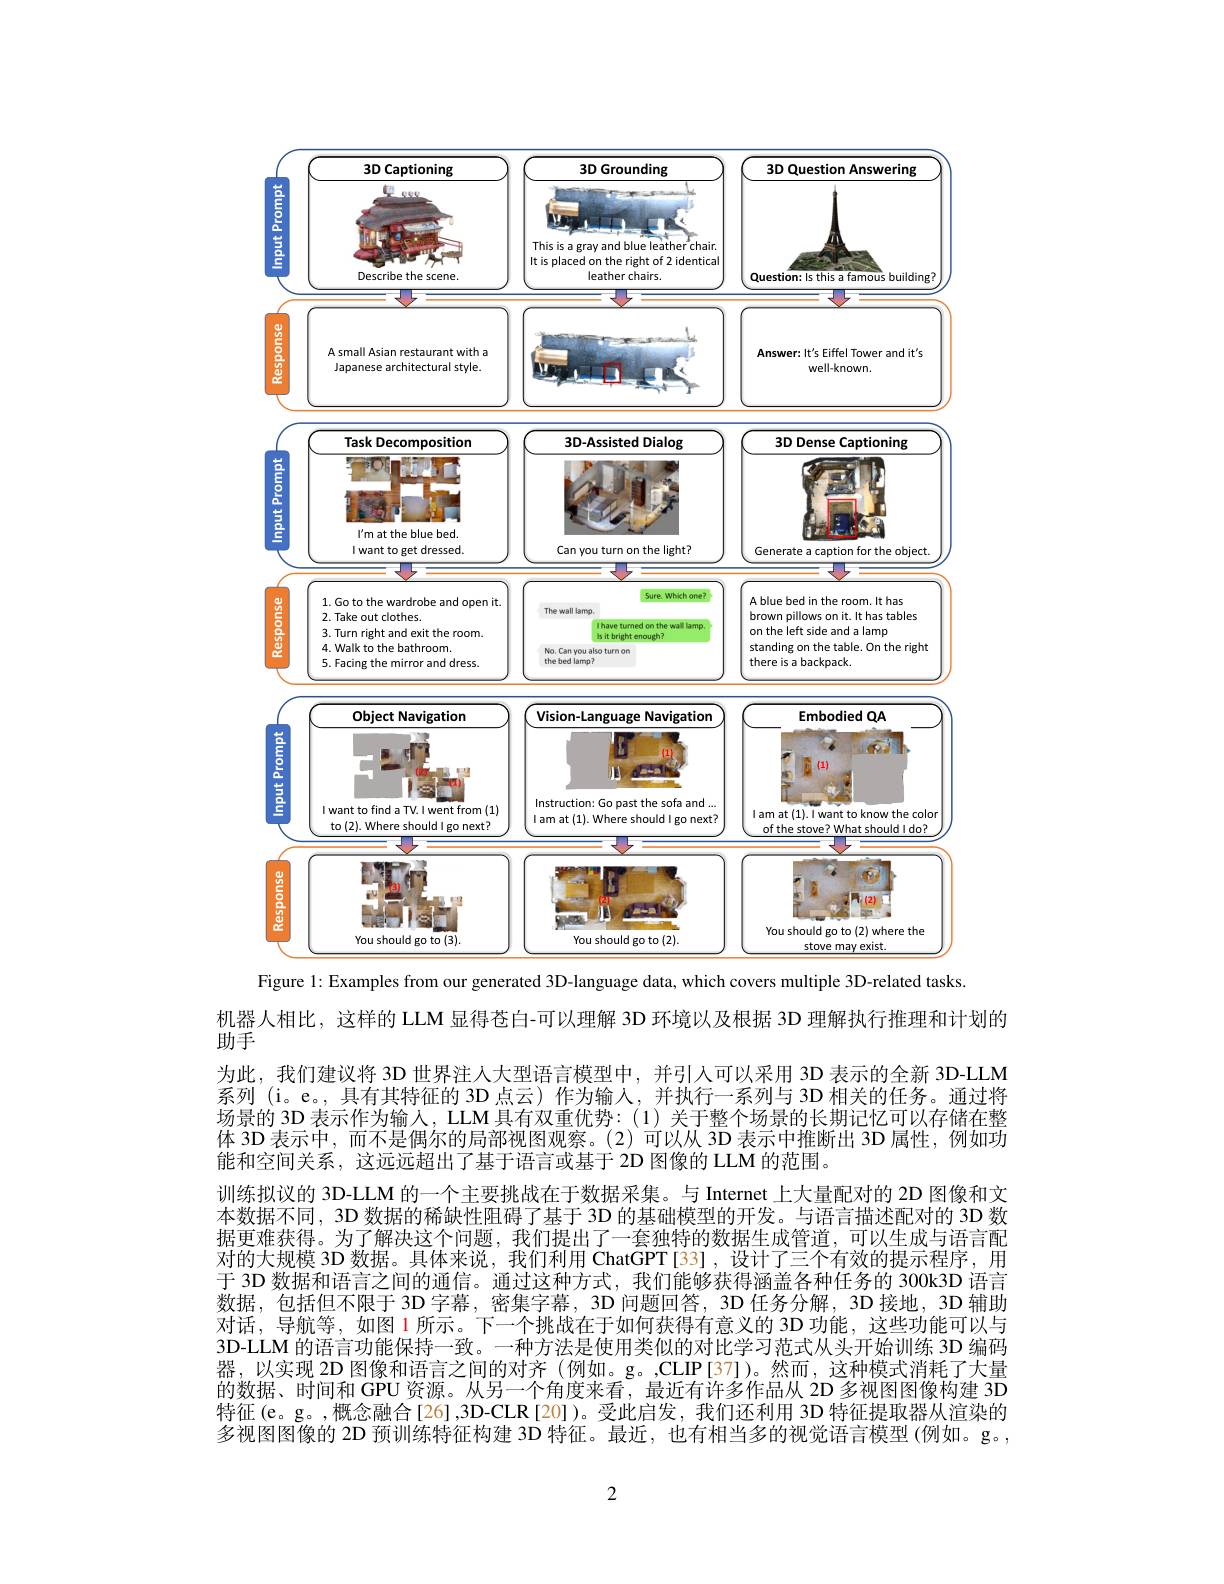
<FigureHere>
Figure 1: Examples from our generated 3D-language data, which covers multiple 3D-related tasks

机器人相比，这样的 LLM 显得苍白-可以理解 3D 环境以及根据 3D 理解执行推理和计划的
助手
为此，我们建议将 3D 世界注人大型语言模型中，并引人可以采用 3D 表示的全新 3D-LLM 系列 (i。e。,具有其特征的 3D 点云)作为输入，并执行一系列与 3D 相关的任务。通过将场景的 3D 表示作为输人，LLM 具有双重优势：(1) 关于整个场景的长期记忆可以存储在整体 3D 表示中，而不是偶尔的局部视图观察。(2)可以从 3D 表示中推断出 3D 属性，例如功能和空间关系，这远远超出了基于语言或基于 2D 图像的 LLM 的范围。
训练拟议的 3D-LLM 的一个主要挑战在于数据采集。与 Internet 上大量配对的 2D 图像和文本数据不同，3D 数据的稀缺性阻碍了基于 3D 的基础模型的开发。与语言描述配对的 3D 数据更难获得。为了解决这个问题，我们提出了一套独特的数据生成管道，可以生成与语言配对的大规模 3D 数据。具体来说，我们利用 ChatGPT[33],设计了三个有效的提示程序，用于 3D 数据和语言之间的通信。通过这种方式，我们能够获得涵盖各种任务的 300k3D 语言数据，包括但不限于 3D 字幕，密集字幕，3D 问题回答，3D 任务分解，3D 接地，3D 辅助对话，导航等，如图 1 所示。下一个挑战在于如何获得有意义的 3D 功能，这些功能可以与3D-LLM 的语言功能保持一致。一种方法是使用类似的对比学习范式从头开始训练 3D 编码器，以实现 2D 图像和语言之间的对齐(例如。g。,CLIP[37])。然而，这种模式消耗了大量的数据、时间和 GPU 资源。从另一个角度来看，最近有许多作品从 2D 多视图图像构建 3D 特征(e。g。,概念融合[26],3D-CLR[20])。受此启发，我们还利用 3D 特征提取器从渲染的多视图图像的 2D 预训练特征构建 3D 特征。最近，也有相当多的视觉语言模型 (例如。g。,

2